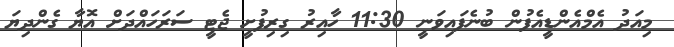
މިއަދު އެމްއެންޑީއެފުން ބުނެފައިވަނީ 11:30 ހާއިރު ގިރިފުށީ ޖެޓީ ސަރަހައްދަށް އޮޔާ ގެންދިޔަ